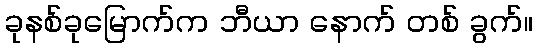
ခုနစ်ခုမြောက်က ဘီယာ နောက် တစ် ခွက်။